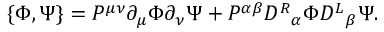
\{ \Phi , \Psi \} = P ^ { \mu \nu } \partial _ { \mu } \Phi \partial _ { \nu } \Psi + P ^ { \alpha \beta } { D ^ { R } } _ { \alpha } \Phi { D ^ { L } } _ { \beta } \Psi .